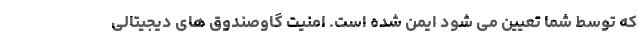
که توسط شما تعیین می­ شود ایمن شده است. امنیت گاوصندوق­ های دیجیتالی